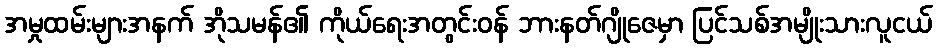
အမှုထမ်းများအနက် အိုသမန်၏ ကိုယ်ရေးအတွင်းဝန် ဘားနတ်ဂျိုဇေမှာ ပြင်သစ်အမျိုးသားလူငယ်